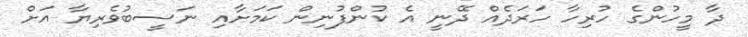
ދާ މީހުންގެ ހުރިހާ ހަރަދެއް ދޭނީ އެ ކުންފުނިން ކަމަށާއި ނަސީބުވެރިޔާ އަށް